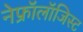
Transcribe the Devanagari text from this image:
नेफ्रॉलॉजिस्ट